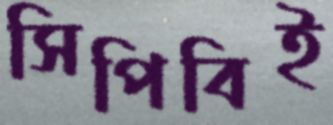
সিপিবিই